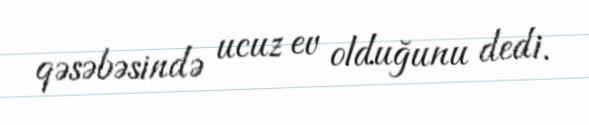
qəsəbəsində ucuz ev olduğunu dedi.